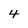
Character: 4